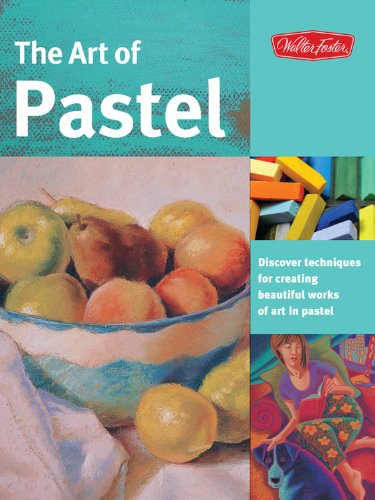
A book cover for The Art of Pastel: Discover Techniques for Creating Beautiful Works of Art in Pastel; Marla Baggetta; Arts & Photography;